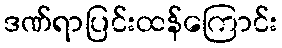
ဒဏ်ရာပြင်းထန်ကြောင်း